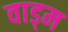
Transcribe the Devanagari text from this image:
वाड्म